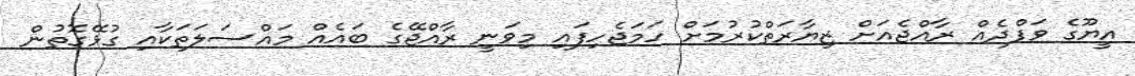
އީޔޫގެ ވަފްދެއް ރާއްޖެއަށް ޒިޔާރަތްކުރުމަށް ހަމަޖެހިފައި މިވަނީ ރާއްޖޭގެ ބައެއް މައްސަލަތަކާއި ގުޅޭގޮތުން